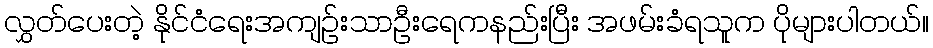
လွှတ်ပေးတဲ့ နိုင်ငံရေးအကျဉ်းသာဦးရေကနည်းပြီး အဖမ်းခံရသူက ပိုများပါတယ်။